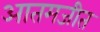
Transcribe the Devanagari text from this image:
आतमजीत